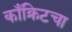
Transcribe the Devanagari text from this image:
काँक्रिटचा